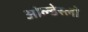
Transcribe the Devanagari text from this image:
ओल्डेस्लो